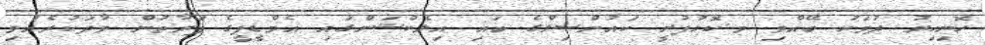
ހޮނިހިރު ދުވަހު ބޭއްވި މ.ކޮޅުފުށީ ކައުންސިލްގެ ބައި އިލެކްޝަންގައި އެމްޑީޕީގެ ފަރާތުން ވާދަކުރެއްވި